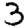
Digit: 3